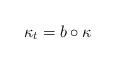
LaTeX: \begin{align*}\kappa_t=b\circ\kappa\end{align*}